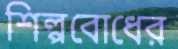
শিল্পবোধের